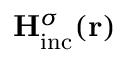
{ { \bf H } _ { \mathrm { { i n c } } } ^ { \sigma } } ( { \bf r } )